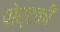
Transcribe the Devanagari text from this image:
पोर्टकी